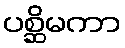
ပစ္ဆိမကာ